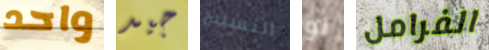
واحد جيد التسليح لو الفرامل